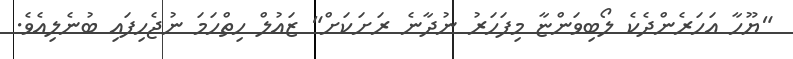
"ޔޫހާ އަހަރެންދެކެ ލޯބިވަންޏާ މިފަހަރު ނުދާނެ ރަށަކަށް" ޒައުލް ހިތްހަމަ ނުޖެހިފައި ބުނެލިއެވެ.